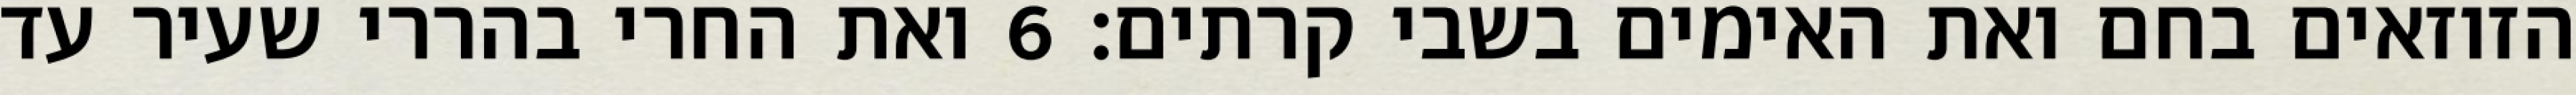
הזוזאים בחם ואת האימים בשבי קרתים׃ ‎6‏ ואת החרי בהררי שעיר עד